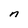
Character: n